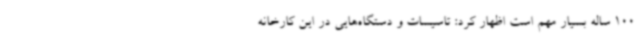
100 ساله بسیار مهم است اظهار کرد: تاسیسات و دستگاه‌هایی در این کارخانه